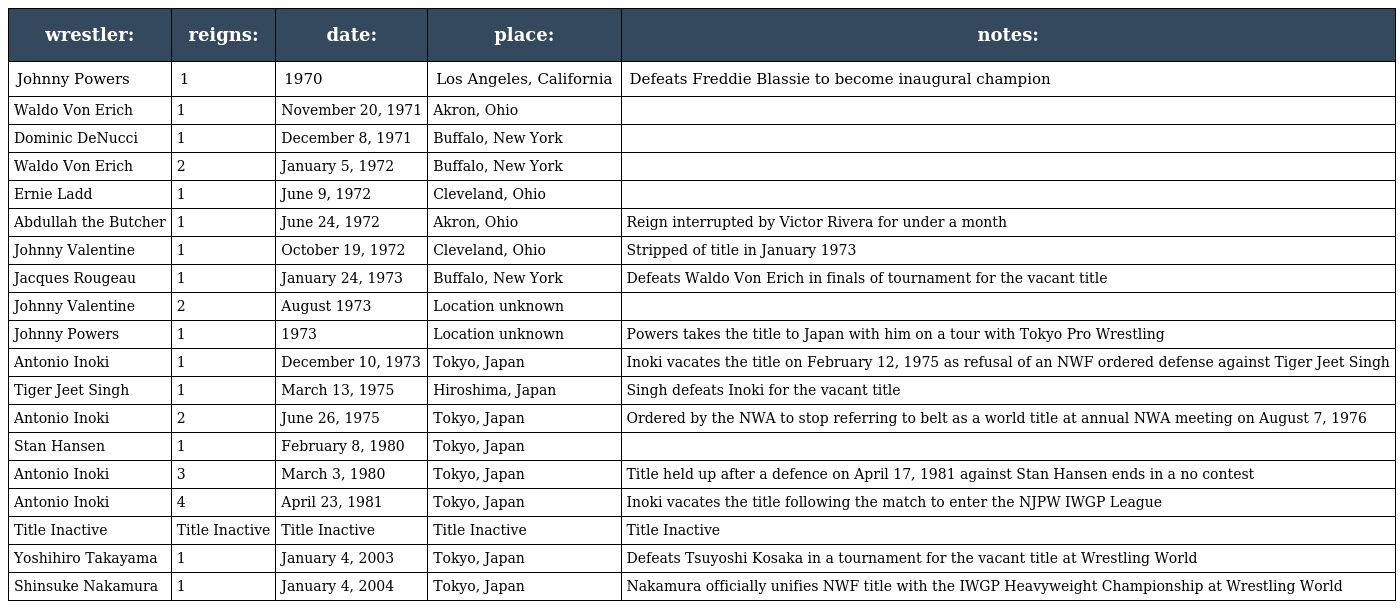
| wrestler: | reigns: | date: | place: | notes: |
 | --- | --- | --- | --- | --- |
 | Johnny Powers | 1 | 1970 | Los Angeles, California | Defeats Freddie Blassie to become inaugural champion |
 | Waldo Von Erich | 1 | November 20, 1971 | Akron, Ohio |  |
 | Dominic DeNucci | 1 | December 8, 1971 | Buffalo, New York |  |
 | Waldo Von Erich | 2 | January 5, 1972 | Buffalo, New York |  |
 | Ernie Ladd | 1 | June 9, 1972 | Cleveland, Ohio |  |
 | Abdullah the Butcher | 1 | June 24, 1972 | Akron, Ohio | Reign interrupted by Victor Rivera for under a month |
 | Johnny Valentine | 1 | October 19, 1972 | Cleveland, Ohio | Stripped of title in January 1973 |
 | Jacques Rougeau | 1 | January 24, 1973 | Buffalo, New York | Defeats Waldo Von Erich in finals of tournament for the vacant title |
 | Johnny Valentine | 2 | August 1973 | Location unknown |  |
 | Johnny Powers | 1 | 1973 | Location unknown | Powers takes the title to Japan with him on a tour with Tokyo Pro Wrestling |
 | Antonio Inoki | 1 | December 10, 1973 | Tokyo, Japan | Inoki vacates the title on February 12, 1975 as refusal of an NWF ordered defense against Tiger Jeet Singh |
 | Tiger Jeet Singh | 1 | March 13, 1975 | Hiroshima, Japan | Singh defeats Inoki for the vacant title |
 | Antonio Inoki | 2 | June 26, 1975 | Tokyo, Japan | Ordered by the NWA to stop referring to belt as a world title at annual NWA meeting on August 7, 1976 |
 | Stan Hansen | 1 | February 8, 1980 | Tokyo, Japan |  |
 | Antonio Inoki | 3 | March 3, 1980 | Tokyo, Japan | Title held up after a defence on April 17, 1981 against Stan Hansen ends in a no contest |
 | Antonio Inoki | 4 | April 23, 1981 | Tokyo, Japan | Inoki vacates the title following the match to enter the NJPW IWGP League |
 | Title Inactive | Title Inactive | Title Inactive | Title Inactive | Title Inactive |
 | Yoshihiro Takayama | 1 | January 4, 2003 | Tokyo, Japan | Defeats Tsuyoshi Kosaka in a tournament for the vacant title at Wrestling World |
 | Shinsuke Nakamura | 1 | January 4, 2004 | Tokyo, Japan | Nakamura officially unifies NWF title with the IWGP Heavyweight Championship at Wrestling World |